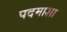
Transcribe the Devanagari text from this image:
पदमाशा